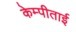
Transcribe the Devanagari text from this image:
केम्पीताई